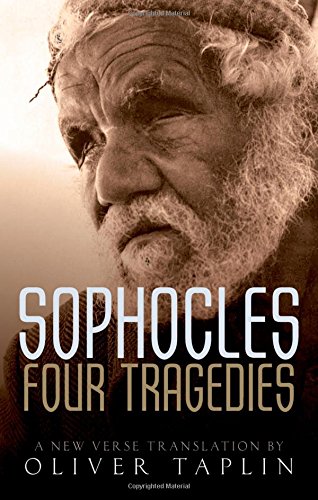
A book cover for Sophocles: Four Tragedies: Oedipus the King, Aias, Philoctetes, Oedipus at Colonus; Oliver Taplin; Literature & Fiction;